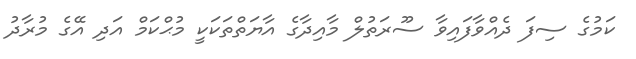
ކަމުގެ ސިފަ ދެއްވާފައިވާ ސޫރަތުލް މާއިދާގެ އާޔަތްތަކަކީ މުޙްކަމް އަދި އޭގެ މުރާދު